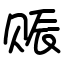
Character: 赈